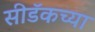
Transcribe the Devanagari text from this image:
सीडॅकच्या